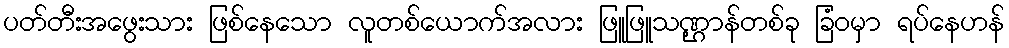
ပတ်တီးအဖွေးသား ဖြစ်နေသော လူတစ်ယောက်အလား ဖြူဖြူသဏ္ဌာန်တစ်ခု ခြံဝမှာ ရပ်နေဟန်